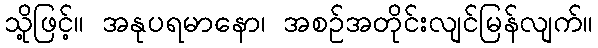
သို့ဖြင့်။ အနုပရမာနော၊ အစဉ်အတိုင်းလျင်မြန်လျက်။